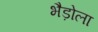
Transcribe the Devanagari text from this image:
भैड़ोला